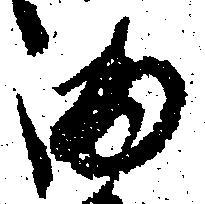
ま